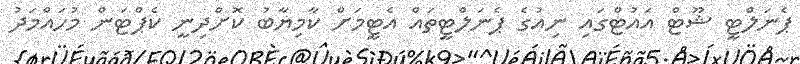
ޕެނަލްޓީ ޝޫޓް އައުޓްގައި ނިއުގެ ޕެނަލްޓީތައް އެޓީމަށް ކާމިޔާބު ކޮށްދިނީ ކެޕްޓަން މުހައްމަދު